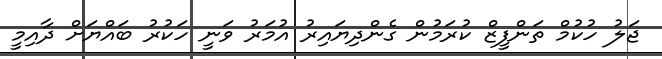
ޖަލު ހުކުމް ތަންފީޒް ކުރަމުން ގެންދިޔައިރު އުމަރު ވަނީ ހަކުރު ބައްޔަށް ދާއިމީ